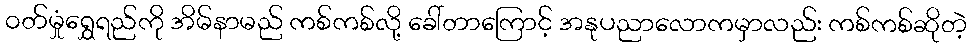
ဝတ်မှုံရွှေရည်ကို အိမ်နာမည် ကစ်ကစ်လို့ ခေါ်တာကြောင့် အနုပညာလောကမှာလည်း ကစ်ကစ်ဆိုတဲ့